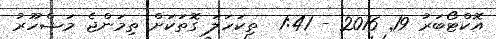
އޮކްޓޯބަރު 19